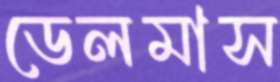
ডেলমাস